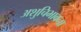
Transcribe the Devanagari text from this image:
अशुचिभावना